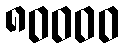
၈၀၀၀၀